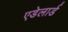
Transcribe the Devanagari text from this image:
एडेलार्ड